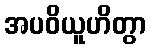
အပဝိယူဟိတွာ